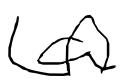
Text: a
Cross-out: wave
Writing tool: digital_black